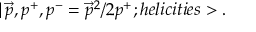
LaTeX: | \, \vec { p } , p ^ { + } , p ^ { - } = \vec { p } ^ { 2 } / 2 p ^ { + } ; h e l i c i t i e s > .